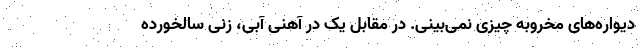
دیواره‌های مخروبه چیزی نمی‌بینی. در مقابل یک در آهنی آبی، زنی سالخورده